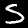
Label: 5